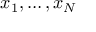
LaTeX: x _ { 1 } , \ldots , x _ { N }